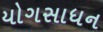
યોગસાધન